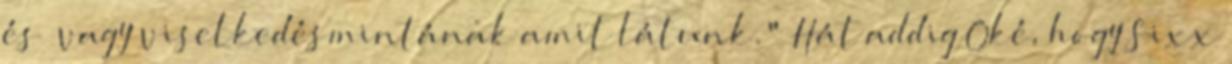
és vagy viselkedésmintának amit látunk." Hát addig Oké, hogy Sixx